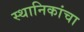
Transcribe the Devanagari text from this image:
स्थानिकांचा